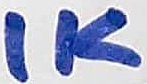
Text: 1K